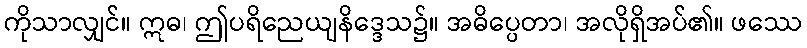
ကိုသာလျှင်။ ဣဓ၊ ဤပရိညေယျနိဒ္ဒေသ၌။ အဓိပ္ပေတာ၊ အလိုရှိအပ်၏။ ဖဿေ